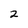
Character: 2